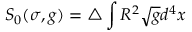
S _ { 0 } ( \sigma , g ) = \triangle \int R ^ { 2 } \sqrt { g } d ^ { 4 } x